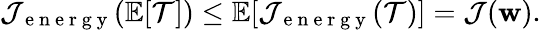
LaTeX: \mathcal{J}_{\mathrm{~e~n~e~r~g~y~}}(\mathbb{E}[\mathcal{T}])\le\mathbb{E}[\mathcal{J}_{\mathrm{~e~n~e~r~g~y~}}(\mathcal{T})]=\mathcal{J}(\mathbf{w}).